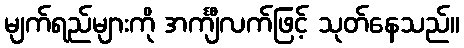
မျက်ရည်များကို အင်္ကျီလက်ဖြင့် သုတ်နေသည်။